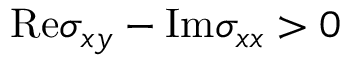
\mathrm { R e } \sigma _ { x y } - \mathrm { I m } \sigma _ { x x } > 0